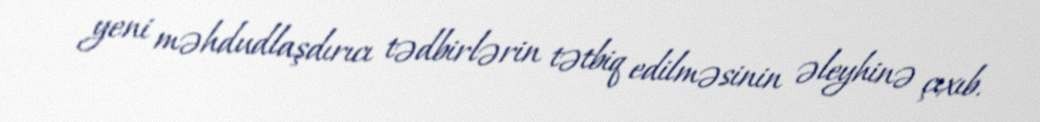
yeni məhdudlaşdırıcı tədbirlərin tətbiq edilməsinin əleyhinə çıxıb.